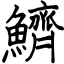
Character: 鱭